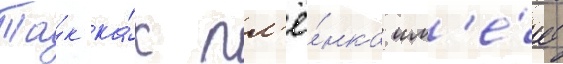
Та́к ка́к пл'ё́нка им'е́ет